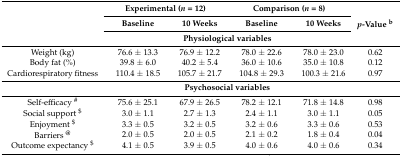
<table><thead><tr><td rowspan="3"></td><td colspan="2"><b>Experimental (<i>n</i> = 12)</b></td><td colspan="2"><b>Comparison (<i>n</i> = 8)</b></td><td rowspan="3"><b><i>p</i>-Value <sup>b</sup></b></td></tr><tr><td><b>Baseline</b></td><td><b>10 Weeks</b></td><td><b>Baseline</b></td><td><b>10 Weeks</b></td></tr><tr><td colspan="4"><b>Physiological variables</b></td></tr></thead><tbody><tr><td>Weight (kg)</td><td>76.6 ± 13.3</td><td>76.9 ± 12.2</td><td>78.0 ± 22.6</td><td>78.0 ± 23.0</td><td>0.62</td></tr><tr><td>Body fat (%)</td><td>39.8 ± 6.0</td><td>40.2 ± 5.4</td><td>36.0 ± 10.6</td><td>35.0 ± 10.8</td><td>0.12</td></tr><tr><td>Cardiorespiratory fitness</td><td>110.4 ± 18.5</td><td>105.7 ± 21.7</td><td>104.8 ± 29.3</td><td>100.3 ± 21.6</td><td>0.97</td></tr><tr><td></td><td colspan="4"><b>Psychosocial variables</b></td><td></td></tr><tr><td>Self-efficacy <sup>#</sup></td><td>75.6 ± 25.1</td><td>67.9 ± 26.5</td><td>78.2 ± 12.1</td><td>71.8 ± 14.8</td><td>0.98</td></tr><tr><td>Social support <sup>$</sup></td><td>3.0 ± 1.1</td><td>2.7 ± 1.3</td><td>2.4 ± 1.1</td><td>3.0 ± 1.1</td><td>0.05</td></tr><tr><td>Enjoyment <sup>$</sup></td><td>3.3 ± 0.5</td><td>3.2 ± 0.5</td><td>3.2 ± 0.6</td><td>3.3 ± 0.6</td><td>0.53</td></tr><tr><td>Barriers <sup>@</sup></td><td>2.0 ± 0.5</td><td>2.0 ± 0.5</td><td>2.1 ± 0.2</td><td>1.8 ± 0.4</td><td>0.04</td></tr><tr><td>Outcome expectancy <sup>$</sup></td><td>4.1 ± 0.5</td><td>3.9 ± 0.5</td><td>4.0 ± 0.6</td><td>4.0 ± 0.6</td><td>0.34</td></tr></tbody></table>